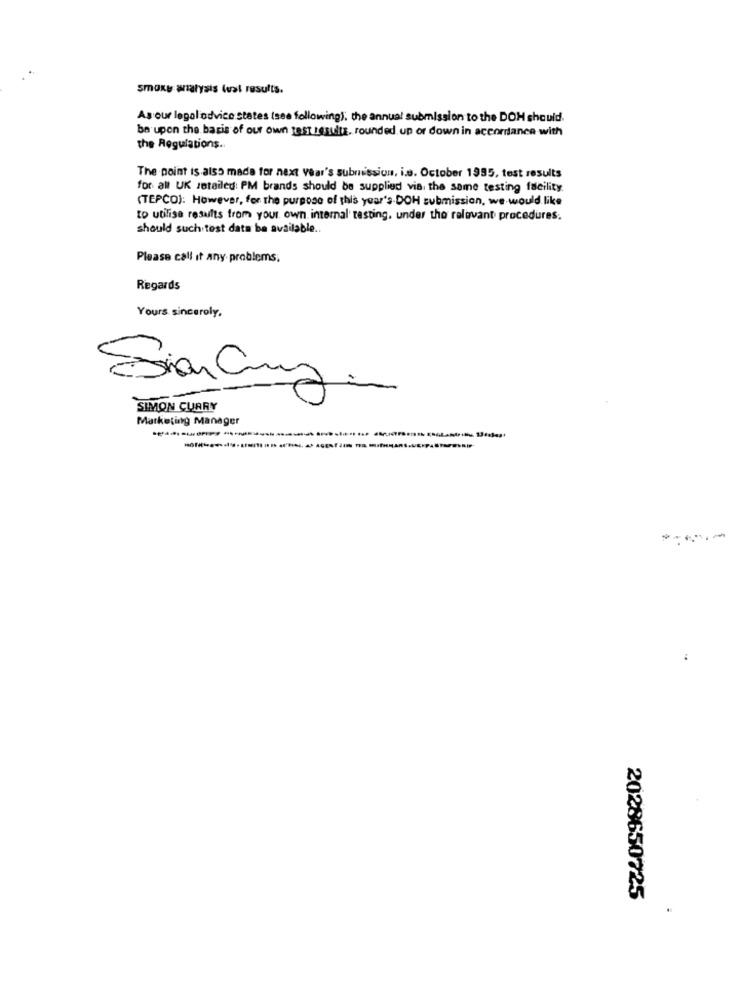
smoky analysis lust results.
As our legal advice states (see following): the annual submission to the DOM should.
be upon the basis of our own test results. rounded up or down in accordance with
the Regulations ..
The point is also made for next Year's submission, i.e. October 1995, test results
for all UK retailed: PM brands should be supplied via, the same testing facility
(TEPCO): However, for the purpose of this year's DOH submission, we would like
to utilise results from your own internal testing, under the relevant procedures.
should such test data be available ..
Please call it any problems.
Regards
Yours sincerely,
SIMON CURRY
Marketing Manager
2028650725